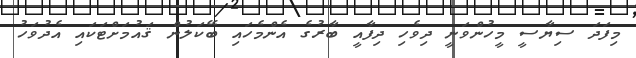
މިފަދަ ސިޔާސީ މީހުންވަނީ ދިވެހި ދިފާއީ ބާރުގެ އެންމެހައި ބޭކަލުން ޤައުމަށްޓަކައި އެދުވަހު